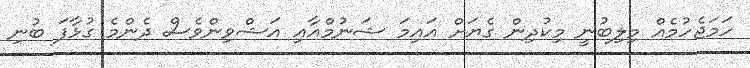
ހަމަޖެހުމެއް މިލިބުނީ މިކުދިން ގެޔަށް އައިމަ ޝަނުމްއާއި އަޝްވިންވެސް ދެންމެ ގުޅާފަ ބުނި